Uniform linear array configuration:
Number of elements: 32
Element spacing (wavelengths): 0.75
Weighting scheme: cosine
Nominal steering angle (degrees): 60
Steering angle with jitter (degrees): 60.464
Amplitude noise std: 0.05
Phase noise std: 0.05

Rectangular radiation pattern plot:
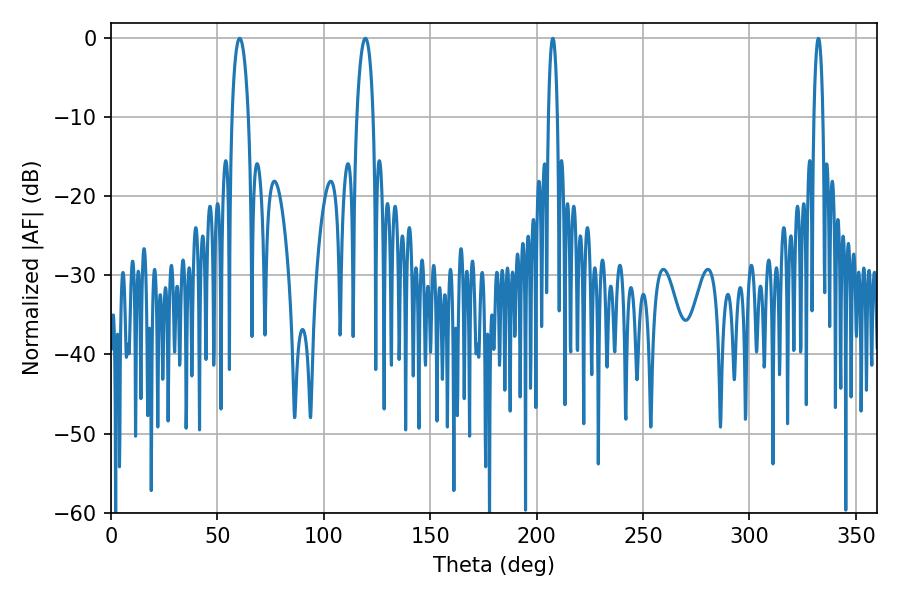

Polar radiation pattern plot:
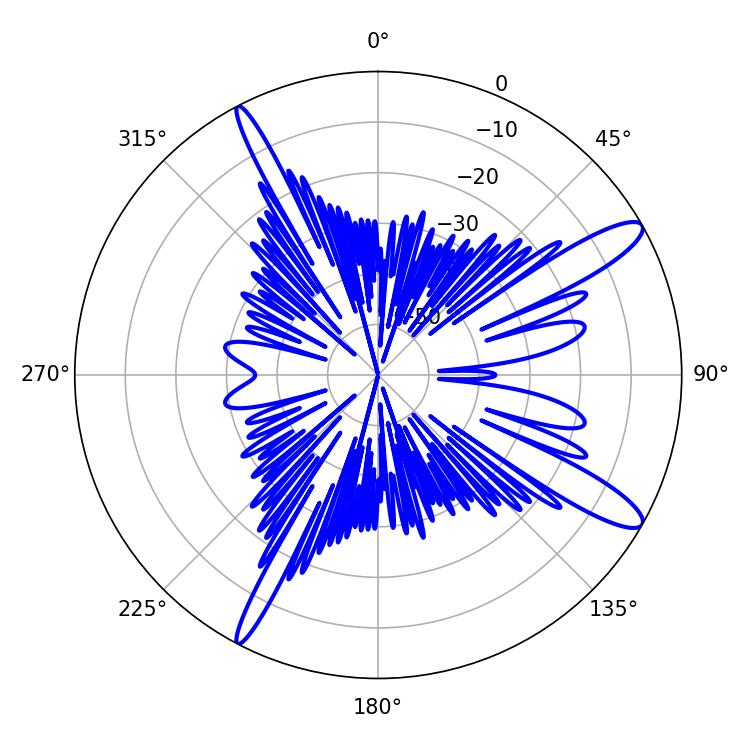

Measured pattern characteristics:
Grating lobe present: TRUE
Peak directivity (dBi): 12.808
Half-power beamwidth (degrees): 4.32
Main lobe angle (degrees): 60.48